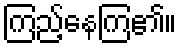
ကြည့်နေကြ၏။